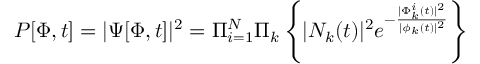
{ \cal P } [ \Phi , t ] = | \Psi [ \Phi , t ] | ^ { 2 } = \Pi _ { i = 1 } ^ { N } \Pi _ { k } \left\{ | N _ { k } ( t ) | ^ { 2 } e ^ { - \frac { | \Phi _ { k } ^ { i } ( t ) | ^ { 2 } } { | \phi _ { k } ( t ) | ^ { 2 } } } \right\}